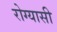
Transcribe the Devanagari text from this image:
रोग्यासी